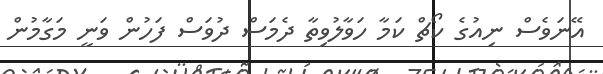
އޭނަވެސް ނިއުގެ ކޯޗް ކަމާ ހަވާލުވިތާ ދެމަސް ދުވަސް ފަހުން ވަނީ މަގާމުން